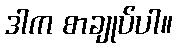
ဒါက စာချုပ်ပါ။